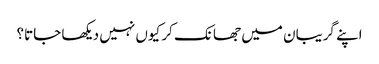
اپنے گریبان میں جھانک کر کیوں نہیں دیکھا جاتا؟